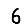
Digit: 6